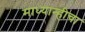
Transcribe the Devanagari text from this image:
माध्यान्हीचा